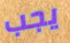
يجب